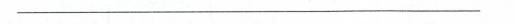
___